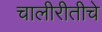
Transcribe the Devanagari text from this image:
चालीरीतीचे